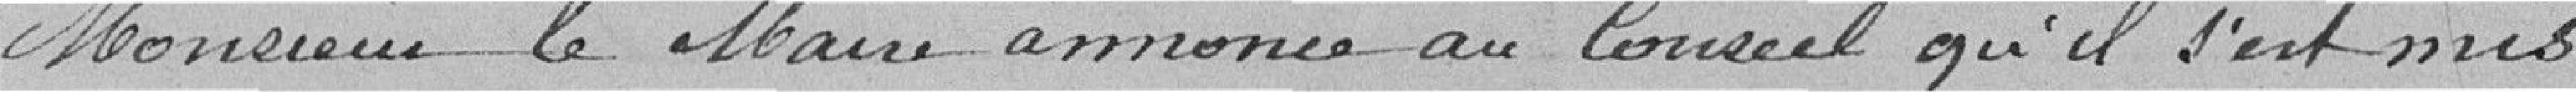
Monsieur le Maire annonce au conseil qu'il s'est mis